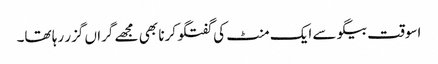
اسوقت بیگو سے ایک منٹ کی گفتگو کرنا بھی مجھے گراں گزر رہا تھا۔